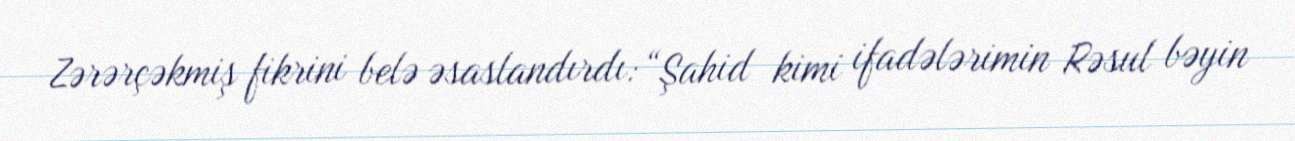
Zərərçəkmiş fikrini belə əsaslandırdı: “Şahid kimi ifadələrimin Rəsul bəyin